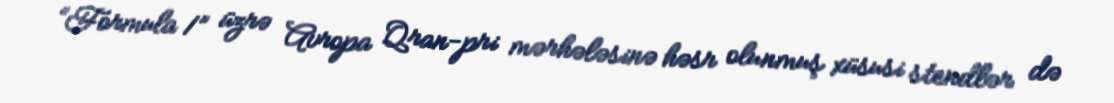
“Formula 1” üzrə Avropa Qran-pri mərhələsinə həsr olunmuş xüsusi stendlər də